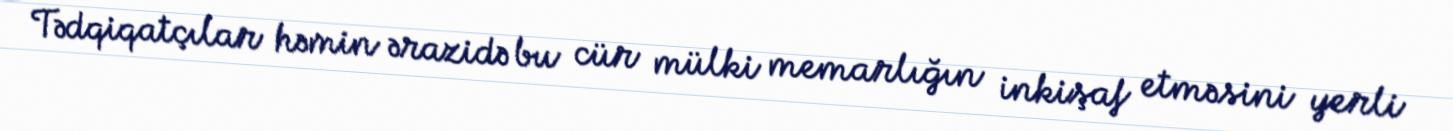
Tədqiqatçılar həmin ərazidə bu cür mülki memarlığın inkişaf etməsini yerli